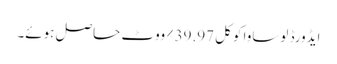
ایڈورڈ لوساوا کو کل 39.97٪ ووٹ حاصل ہوئے۔